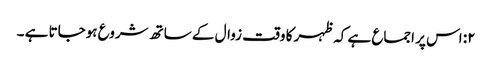
۲: اس پر اجماع ہے کہ ظہر کا وقت زوال کے ساتھ شروع ہوجاتا ہے ۔